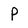
Character: p